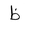
Letter: _za